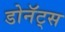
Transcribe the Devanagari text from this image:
डोनॅट्स